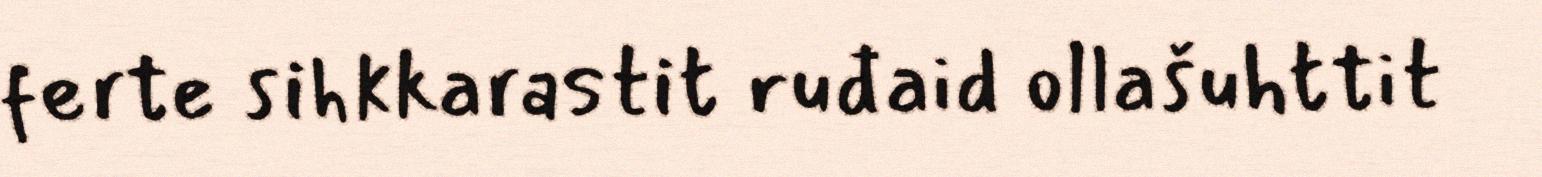
ferte sihkkarastit ruđaid ollašuhttit